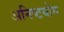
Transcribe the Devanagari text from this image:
अनिष्टयोग